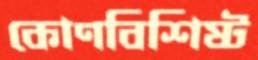
কোণবিশিষ্ট